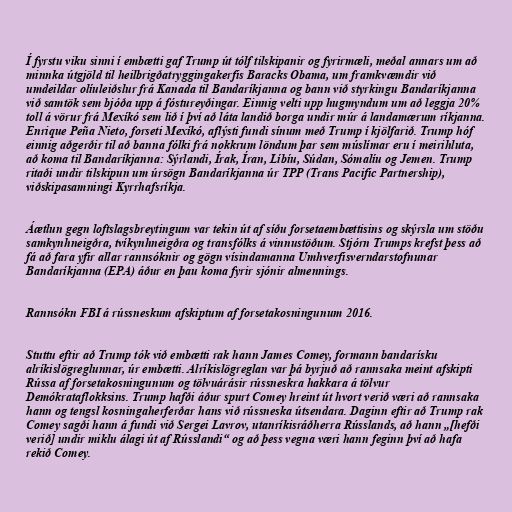
Í fyrstu viku sinni í embætti gaf Trump út tólf tilskipanir og fyrirmæli, meðal annars um að
minnka útgjöld til heilbrigðatryggingakerfis Baracks Obama, um framkvæmdir við
umdeildar olíuleiðslur frá Kanada til Bandaríkjanna og bann við styrkingu Bandaríkjanna
við samtök sem bjóða upp á fóstureyðingar. Einnig velti upp hugmyndum um að leggja 20%
toll á vörur frá Mexíkó sem lið í því að láta landið borga undir múr á landamærum ríkjanna.
Enrique Peña Nieto, forseti Mexíkó, aflýsti fundi sínum með Trump í kjölfarið. Trump hóf
einnig aðgerðir til að banna fólki frá nokkrum löndum þar sem múslímar eru í meirihluta,
að koma til Bandaríkjanna: Sýrlandi, Írak, Íran, Líbíu, Súdan, Sómalíu og Jemen. Trump
ritaði undir tilskipun um úrsögn Bandaríkjanna úr TPP (Trans Pacific Partnership),
viðskipasamningi Kyrrhafsríkja.

Áætlun gegn loftslagsbreytingum var tekin út af síðu forsetaembættisins og skýrsla um stöðu
samkynhneigðra, tvíkynhneigðra og transfólks á vinnustöðum. Stjórn Trumps krefst þess að
fá að fara yfir allar rannsóknir og gögn vísindamanna Umhverfisverndarstofnunar
Bandaríkjanna (EPA) áður en þau koma fyrir sjónir almennings.

Rannsókn FBI á rússneskum afskiptum af forsetakosningunum 2016.

Stuttu eftir að Trump tók við embætti rak hann James Comey, formann bandarísku
alríkislögreglunnar, úr embætti. Alríkislögreglan var þá byrjuð að rannsaka meint afskipti
Rússa af forsetakosningunum og tölvuárásir rússneskra hakkara á tölvur
Demókrataflokksins. Trump hafði áður spurt Comey hreint út hvort verið væri að rannsaka
hann og tengsl kosningaherferðar hans við rússneska útsendara. Daginn eftir að Trump rak
Comey sagði hann á fundi við Sergei Lavrov, utanríkisráðherra Rússlands, að hann „[hefði
verið] undir miklu álagi út af Rússlandi“ og að þess vegna væri hann feginn því að hafa
rekið Comey.